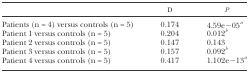
<table><thead><tr><td>[EMPTY_CELL]</td><td><b>D</b></td><td><b><i>P</i></b></td></tr></thead><tbody><tr><td>Patients (n = 4) versus controls (n = 5)</td><td>0.174</td><td>4.59e−05<i><sup>a</sup></i></td></tr><tr><td>Patient 1 versus controls (n = 5)</td><td>0.204</td><td>0.012<i><sup>b</sup></i></td></tr><tr><td>Patient 2 versus controls (n = 5)</td><td>0.147</td><td>0.143</td></tr><tr><td>Patient 3 versus controls (n = 5)</td><td>0.157</td><td>0.092<i><sup>b</sup></i></td></tr><tr><td>Patient 4 versus controls (n = 5)</td><td>0.417</td><td>1.102e−13<i><sup>a</sup></i></td></tr></tbody></table>